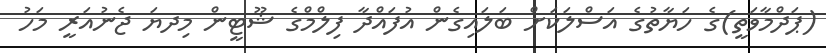
(ޕަދްމާވަތީ)ގެ ހަޔާތުގެ އަސްލަކަށް ބަލައިގެން އުފައްދާ ފިލްމްގެ ޝޫޓީން މިދޔަ ޖެނުއަރީ މަހު